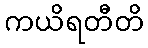
ကယိရတီတိ